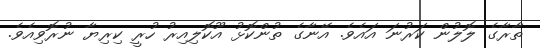
ތާރާގެ ލޮލުން ކަރުނަ އައެވެ. އޭނާގެ ތުންކޮޅު އޫކޮލިއިރު ހުރީ ކިރިޔާ ނުރޮވިއެވެ.